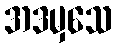
အဒမှသေ